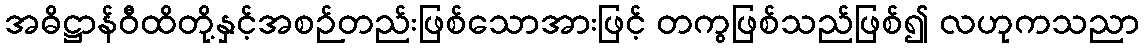
အဓိဋ္ဌာန်ဝီထိတို့နှင့်အစဉ်တည်းဖြစ်သောအားဖြင့် တကွဖြစ်သည်ဖြစ်၍ လဟုကသညာ